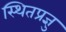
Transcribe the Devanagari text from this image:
स्थितप्रज्ञु